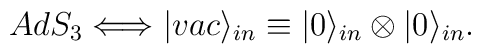
AdS_3 \Longleftrightarrow |vac\rangle_{in}\equiv |0\rangle_{in}\otimes|0\rangle_{in}.